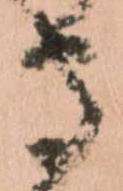
守